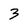
Character: 3